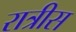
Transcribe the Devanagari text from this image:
रात्रीस